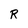
Character: R